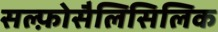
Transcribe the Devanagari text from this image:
सल्फ़ोसैलिसिलिक